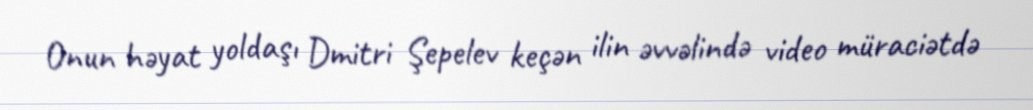
Onun həyat yoldaşı Dmitri Şepelev keçən ilin əvvəlində video müraciətdə